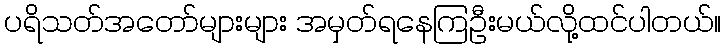
ပရိသတ်အတော်များများ အမှတ်ရနေကြဦးမယ်လို့ထင်ပါတယ်။